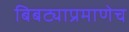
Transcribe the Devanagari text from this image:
बिबट्याप्रमाणेच